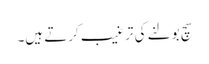
سچ بولنے کی ترغیب کرتے ہیں۔